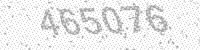
Solution: 465076